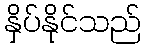
နှိပ်နိုင်သည်